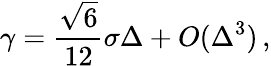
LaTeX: \gamma=\frac{\sqrt 6}{12}\sigma\Delta+O(\Delta^{3})\, ,